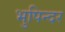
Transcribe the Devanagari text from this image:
भुपिन्दर